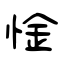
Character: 惍